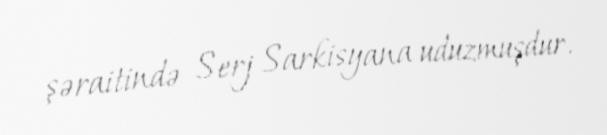
şəraitində Serj Sarkisyana uduzmuşdur.